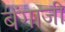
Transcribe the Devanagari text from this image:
बेंगाजी